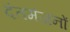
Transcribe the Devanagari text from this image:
दंतमंजनों